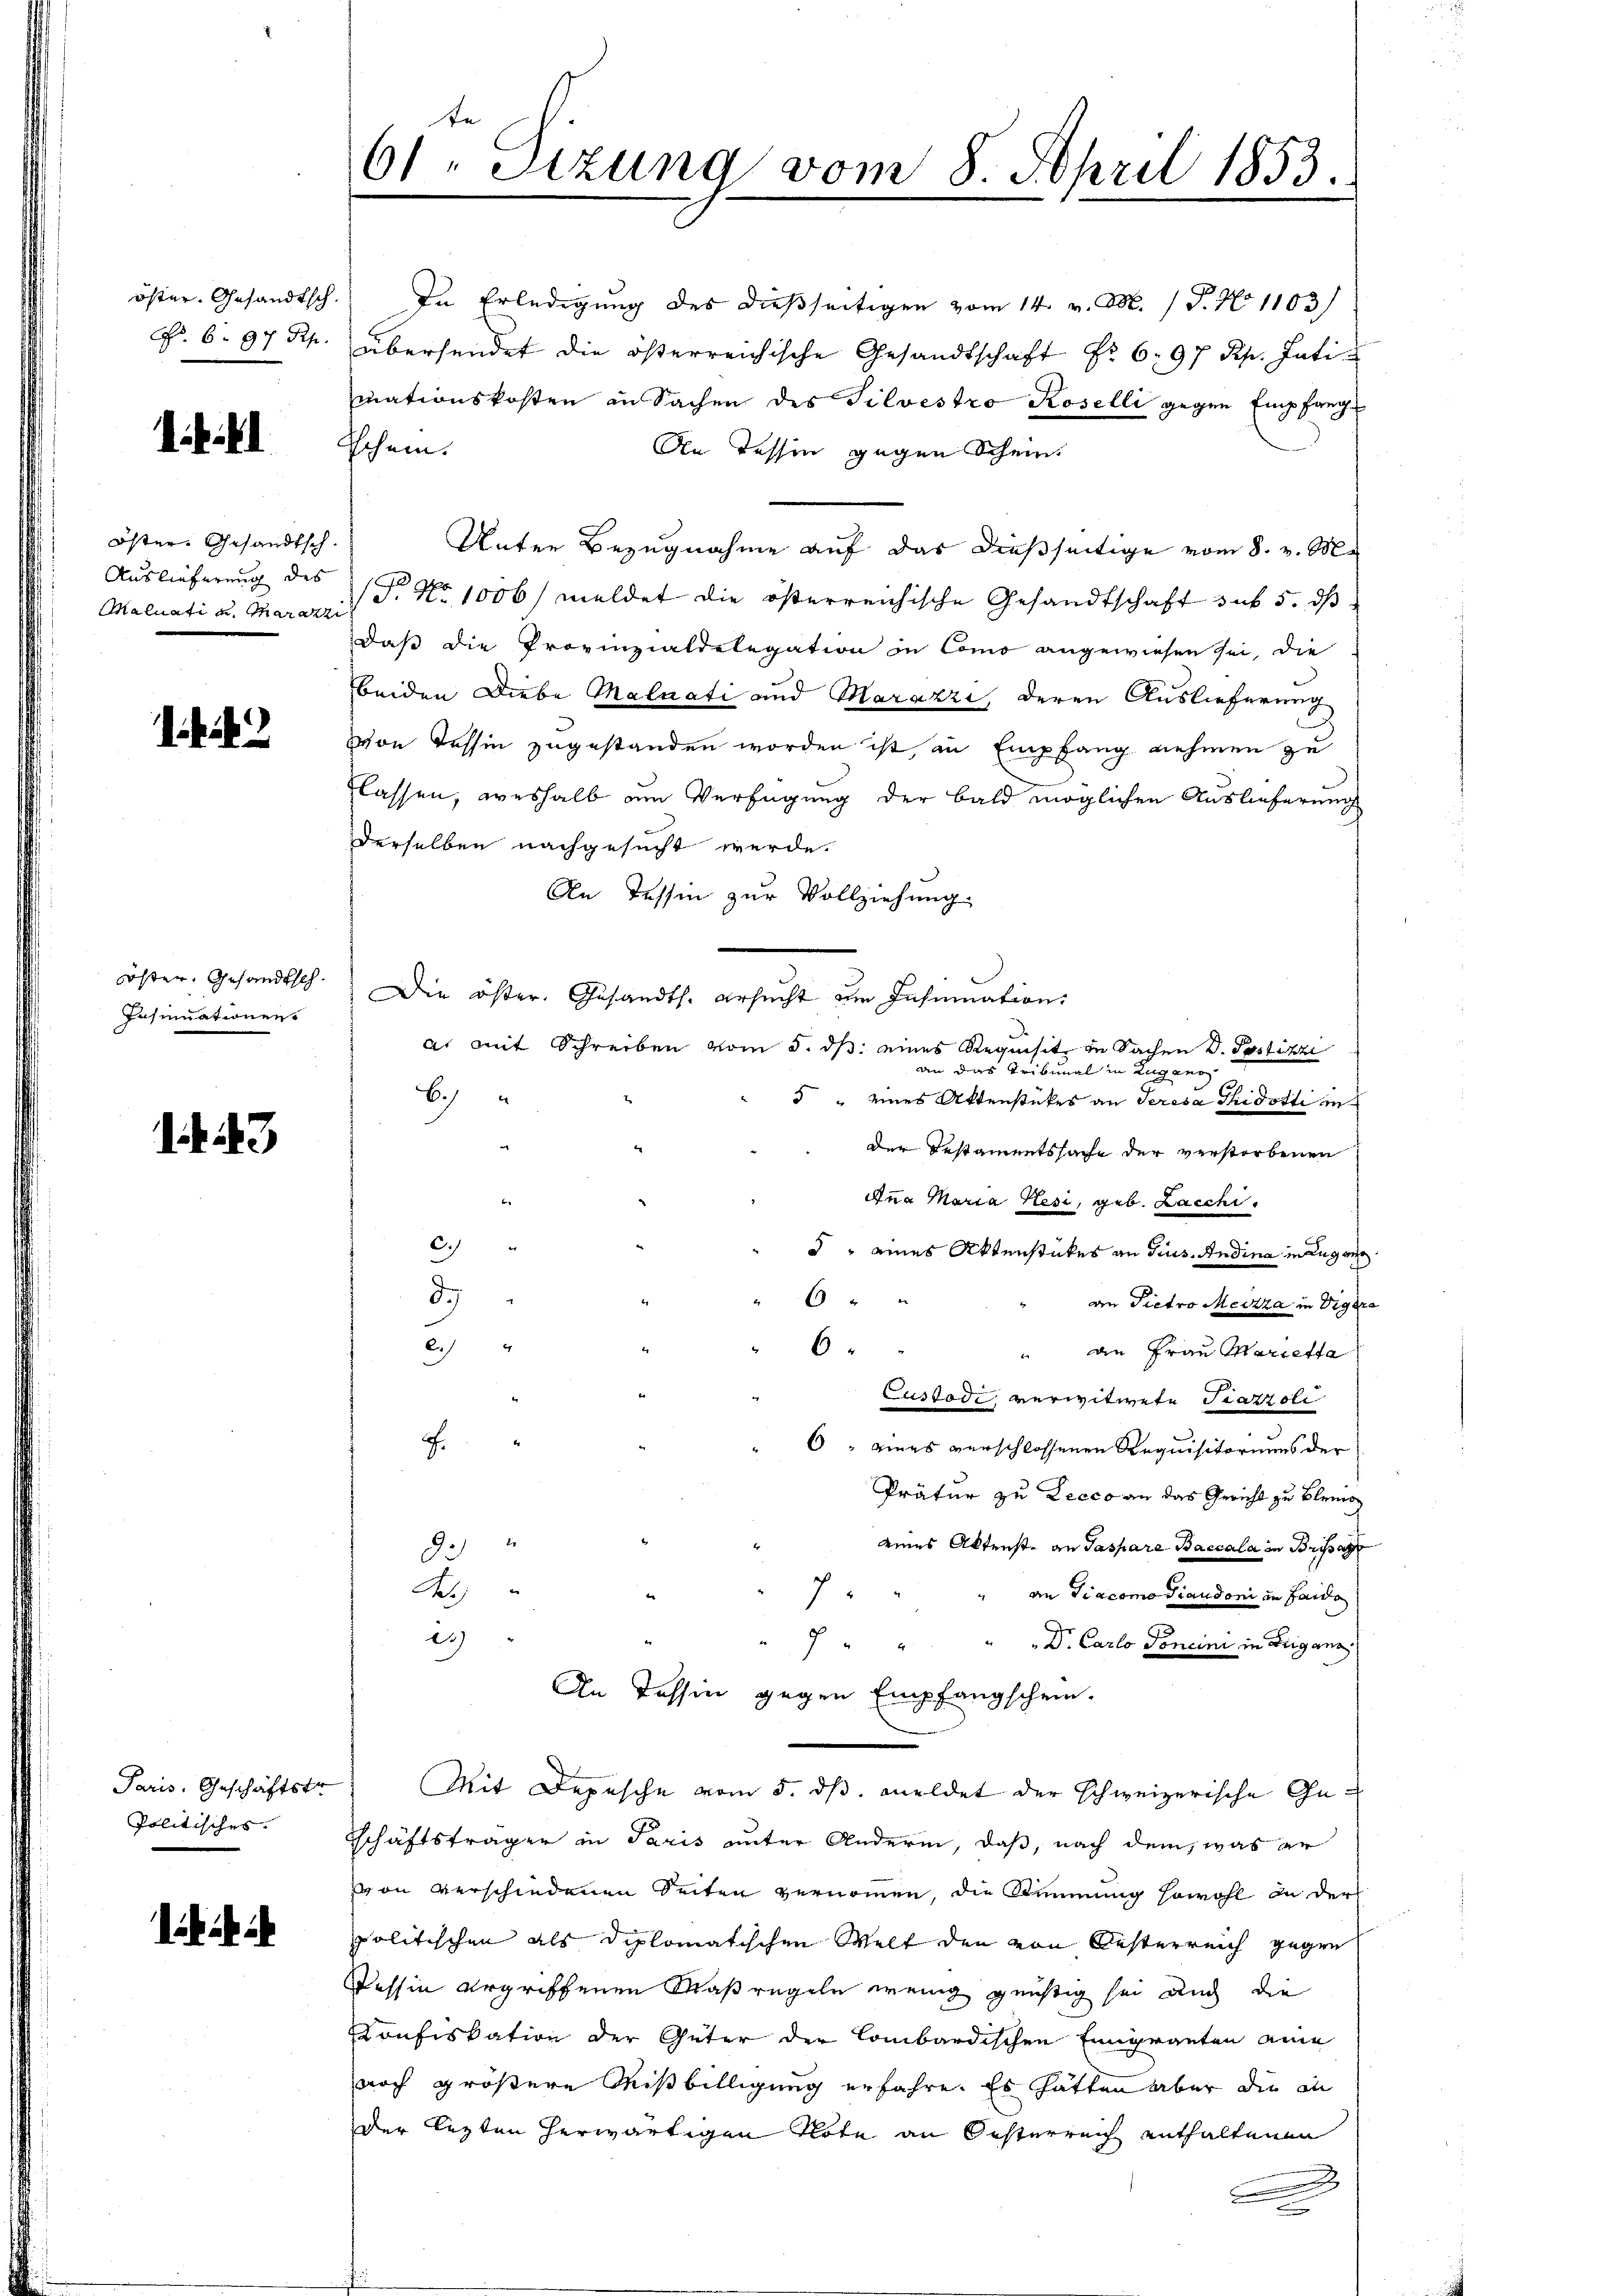
öster. Gesandtsch.
No. 6. 97 Rp.

Öster Gesandtsch
Auslieferung des
Maluati u. Mara

2

öster. Gesandtsch
Insinuationen

43

Paris, Geschäftstr
Politisches.

te
61. Sizung vom 8. April 1853.

Du Erledigung des dießseitigen vom 14. v. M. P. No 1103)
übersendet die österreichische Gesandtschaft Nr. 6. 97 Rp. Inti
mationskosten in Sachen des Silvestro Koselli gegen Empfange
schein.
An Tessin gegen Schein
Unter Bezugnahme auf das dießseitige vom 8. v. M.
T. No 1006/ meldet die österreichische Gesandtschaft auf 5. ds
daß die Provinzialdelegation in Como angewiesen sei, die
beiden Diebe Maluati und Marazzi, deren Auslieferung
von Tessin zugestanden worden ist, in Empfang nehmen zu
flassen, weshalb am Verfügung der bald möglichen Auslieferung
derselben nachgesucht werde.
An Tessin zur Vollziehung
Die öster. Gesandts. ersucht im Insinuation:
a. mit Schreiben vom 5. ds. eines Requisit in Sachen D. Postizzi
an das Tribunal in Lugano
6
5 " eines Aktenstückes an Seresa Thidotti under Testamentssache der verstorbenen
t
Anna Maria Hesi, geb. Lacchi,
C.
d" eines Aktenstückes an Gius. Andina in Lugang
d
6 " "
an Pietro Mediza in Viger
2
6
" die Frau Marietta
Custodi, verwitwete Piazzoli
a
6" eines verschlossenen Requisitoriums der
Prätur zu Lecco an das Gericht zu kleine
eines Aktenste an Gaspare Baccala in Brissag
83
A.)
an Diacomo Tiaudoni in Haide
7
"
"7 " " " " Dr. Carlo Toncini in Driganz
An Tessin gegen Empfangschein.
Mit Depesche vom 5. dß. meldet der schweizerische Geschäftsträger in Paris unter Andern, daß, nach dem, was er
von verschiedenen Seiten vernommen, die Stimmung sowohl in der
politischen als diplomatischen Welt den von Oesterreich gegen
Tessin ergriffenen Maßregeln wenig geistig sei auch die
Konfiskation der Güter der Combardischen Emigranten eine
noch größere Mißbilligung erfahre. Es hätten aber die an
der lezten herwärtigen Note an Oesterreich enthaltenen
e